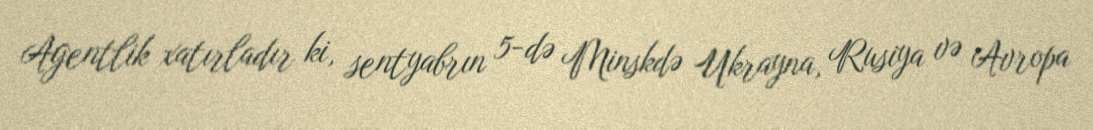
Agentlik xatırladır ki, sentyabrın 5-də Minskdə Ukrayna, Rusiya və Avropa